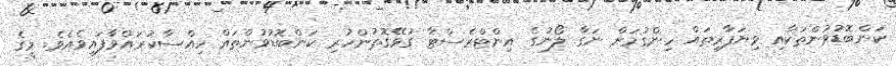
ކަންބޮޑުވުންތަކާއި ވިޔަފާރިތައް ހިންގުމަށް ނަގާ ލޯނުގެ އިންޓްރެސްޓާ ގުޅޭގޮތުންހުރި ކަންބޮޑުވުންތައް ހިއްސާކުރައްވާފައިވެއެވެ. މީގެ